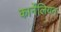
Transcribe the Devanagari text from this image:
कार्नेलियन